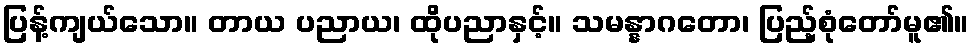
ပြန့်ကျယ်သော။ တာယ ပညာယ၊ ထိုပညာနှင့်။ သမန္နာဂတော၊ ပြည့်စုံတော်မူ၏။